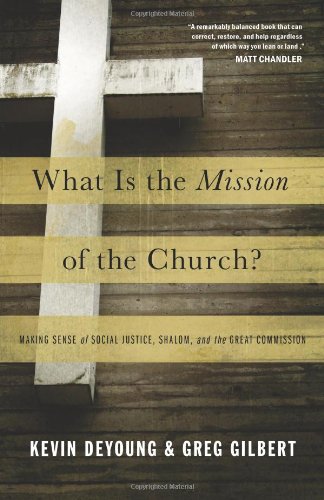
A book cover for What Is the Mission of the Church?: Making Sense of Social Justice, Shalom, and the Great Commission; Kevin DeYoung; Christian Books & Bibles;